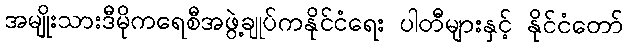
အမျိုးသားဒီမိုကရေစီအဖွဲ့ချုပ်ကနိုင်ငံရေး ပါတီများနှင့် နိုင်ငံတော်